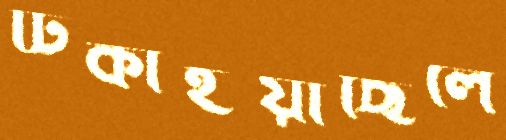
ঢিকাইয়াছিলে